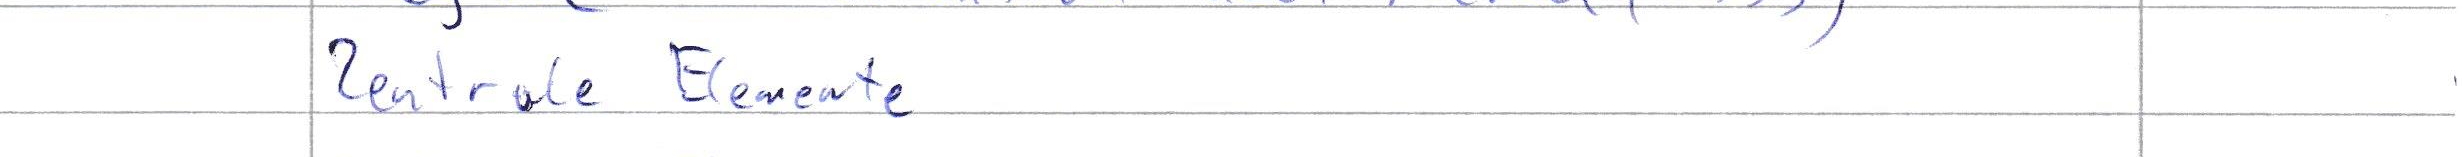
Zentrale Elemente